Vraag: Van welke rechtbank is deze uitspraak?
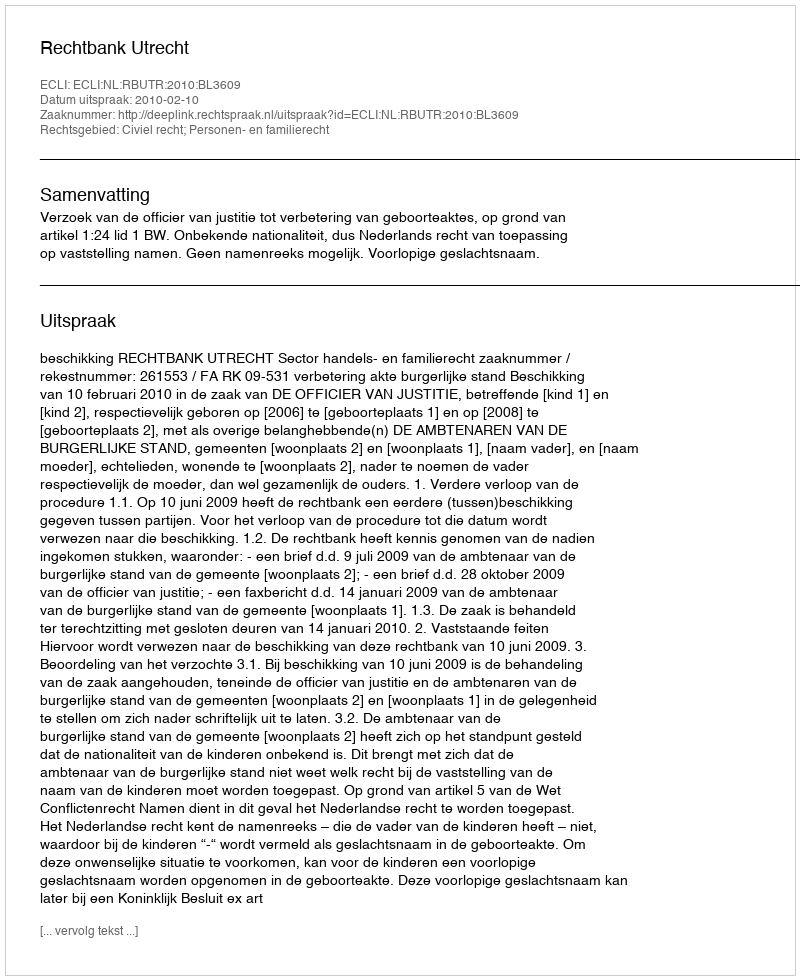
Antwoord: Rechtbank Utrecht